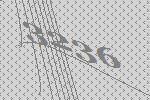
3236